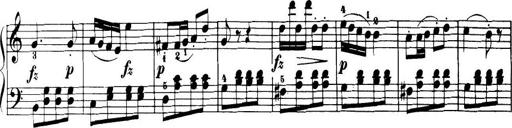
Title: 32 Sonatinas and Rondos for the Piano
Composer: Richard Kleinmichel